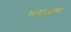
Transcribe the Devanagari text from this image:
फवाऱ्याचा